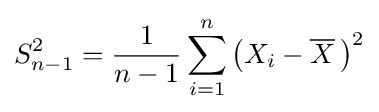
S_{n-1}^{2}={\frac {1}{n-1}}\sum _{i=1}^{n}\left(X_{i}-{\overline {X}}\,\right)^{2}